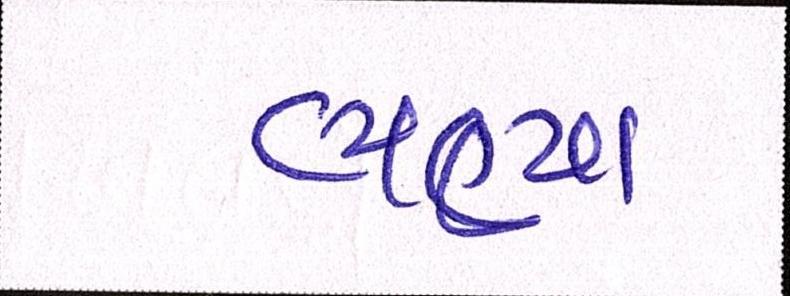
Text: ભણ્યા